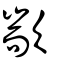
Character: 歂